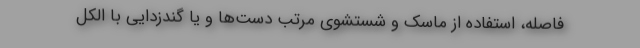
فاصله، استفاده از ماسک و شستشوی مرتب دست‌ها و یا گندزدایی با الکل